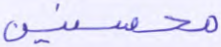
محسنين